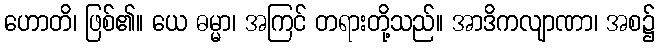
ဟောတိ၊ ဖြစ်၏။ ယေ ဓမ္မာ၊ အကြင် တရားတို့သည်။ အာဒိကလျာဏာ၊ အစ၌